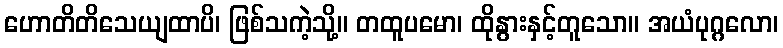
ဟောတိတိသေယျထာပိ၊ ဖြစ်သကဲ့သို့။ တထူပမော၊ ထိုနွားနှင့်တူသော။ အယံပုဂ္ဂလော၊